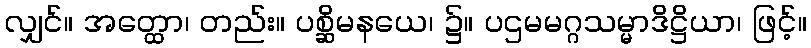
လျှင်။ အတ္ထော၊ တည်း။ ပစ္ဆိမနယေ၊ ၌။ ပဌမမဂ္ဂသမ္မာဒိဋ္ဌိယာ၊ ဖြင့်။